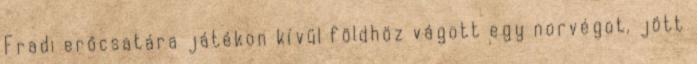
Fradi erőcsatára játékon kívül földhöz vágott egy norvégot, jött